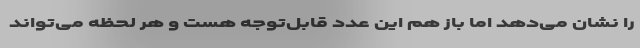
را نشان می‌دهد اما باز هم این عدد قابل‌توجه هست و هر لحظه می‌تواند